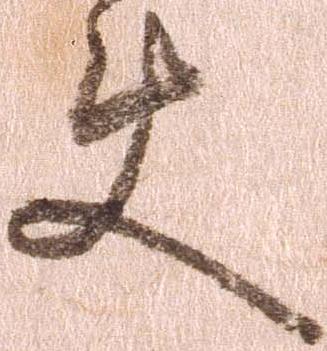
使